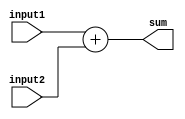
module arithmetic_block(
    input [7:0] input1,
    input [7:0] input2,
    output reg [8:0] sum
);

always @(*) begin
    sum = input1 + input2;
end

endmodule